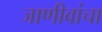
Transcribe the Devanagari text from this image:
जाणीवांचा